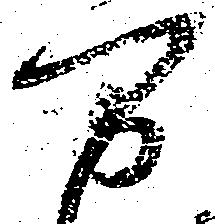
万